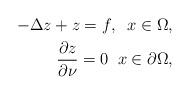
LaTeX: \begin{align*}-\Delta z+z=f,\;\;x\in\Omega,\\\frac{\partial z}{\partial \nu}=0\;\;x\in\partial\Omega,\end{align*}